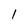
Character: 1